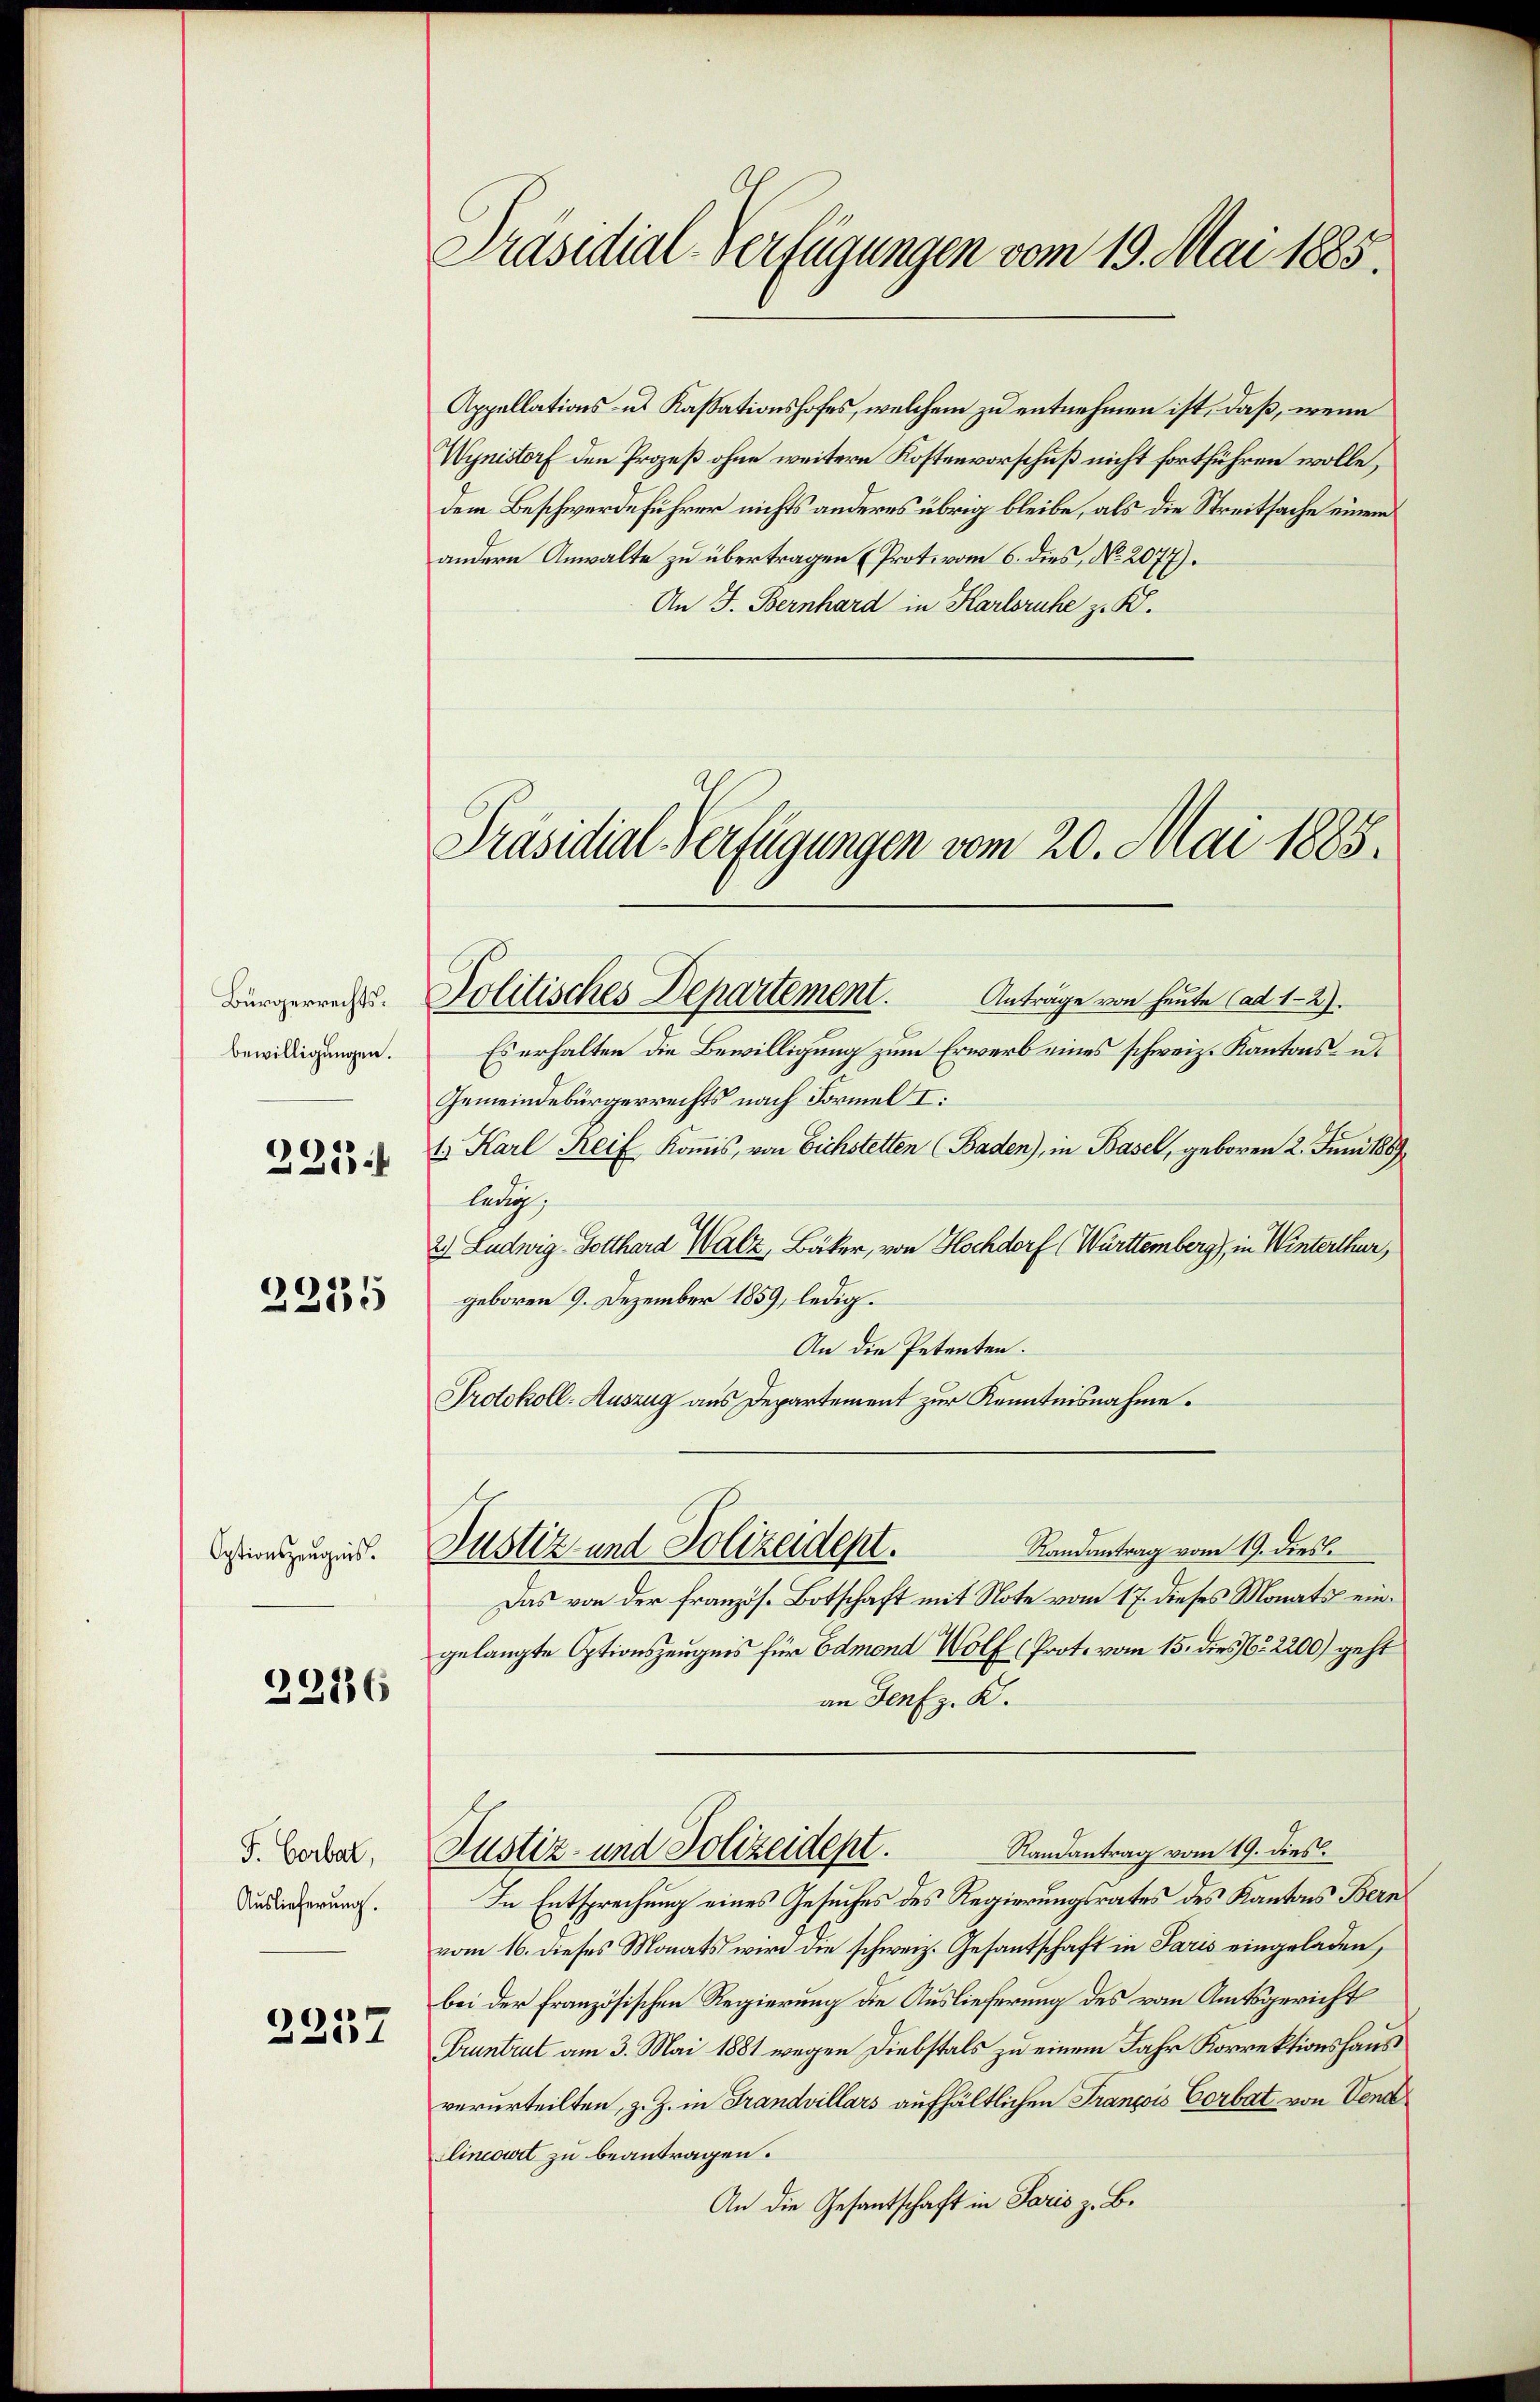
Bürgerrechtsbewilligungen.
2254

2235

Optionszeugnis.

2286

F. Corbat,
Auslieferung.

2257

Präsidial-Verfügungen vom 19. Mai 1885.

Appellations - u. Kassationshofes, welchem zu entnehmen ist, daß, wenn
Wynistorf den Prozeß ohne weitere Kostenvorschuß nicht fortführen wolle,
dem Beschwerdeführer nichts anderes übrig bleibe, als die Streitsache einem
andere Anwalte zu übertragen (Prot. vom 6. dies, No. 2077).
An J. Bernhard in Karlsruhe z. K.
Politisches Departement.
Anträge von heute (ad 1-2).
Es erhalten die Bewilligung zum Erwerb eines schweiz. Kantons- u
Gemeindebürgerrechts nach Formel I:
t. Karl Reif Komis, von Eichstetten (Baden), in Basel, geboren 2. Juni 1889
ledig,
2) Ludwig Gotthard Walz, Bäcker, von Hochdorf (Württemberg), in Winterthur,
geboren 9. Dezember 1859, ledig.
An die Petenten.
Protokoll-Auszug aus Departement zur Kenntnisnahme.
Randantrag vom 19. diess.
Justiz und Polizeidept.
Das von der französ. Botschaft mit Note vom 17. dieses Monats eingelangte Optionszeugnis für Admond Wolf (Prot. vom 15. dies Br 2200) geht
an Genfz. K.
Randantrag vom 19. dies
Justiz- und Polizeidept.
In Entsprechung eines Gesuches des Regierungsrates des Kantons Bern
vom 16. dieses Monats wird die schweiz. Gesantschaft in Paris eingeladen,
bei der französischen Regierung die Auslieferung des vom Amtsgericht
Pruntrut am 3. Mai 1881 wegen Diebstals zu einem Jahr Korrektionshaus
verurteilten, z. Z. in Frandvillars aufhältlichen François Corbat von Vend
Cincourt zu beantragen.
An die Gesantschaft in Paris z. B.

Präsidial-Verfügungen vom 20. Mai 1885.